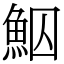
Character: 鮂